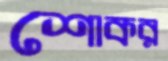
শোকর